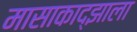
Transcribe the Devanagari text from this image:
मासाकाद्झाला